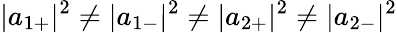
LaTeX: |{a}_{1+}|^{2}\neq|{a}_{1-}|^{2}\neq|{a}_{2+}|^{2}\neq|{a}_{2-}|^{2}